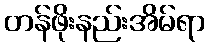
တန်ဖိုးနည်းအိမ်ရာ